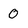
Character: 0